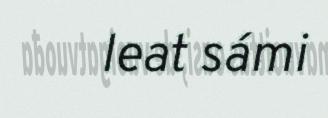
leat sámi